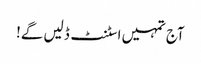
آج تمہیں اسٹنٹ ڈلیں گے!